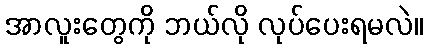
အာလူးတွေကို ဘယ်လို လုပ်ပေးရမလဲ။